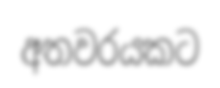
අතවරයකට